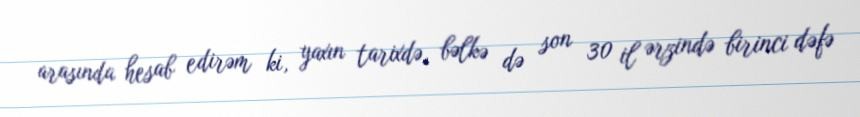
arasında hesab edirəm ki, yaxın tarixdə, bəlkə də son 30 il ərzində birinci dəfə